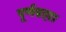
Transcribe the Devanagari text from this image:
पूर्णब्रह्म।